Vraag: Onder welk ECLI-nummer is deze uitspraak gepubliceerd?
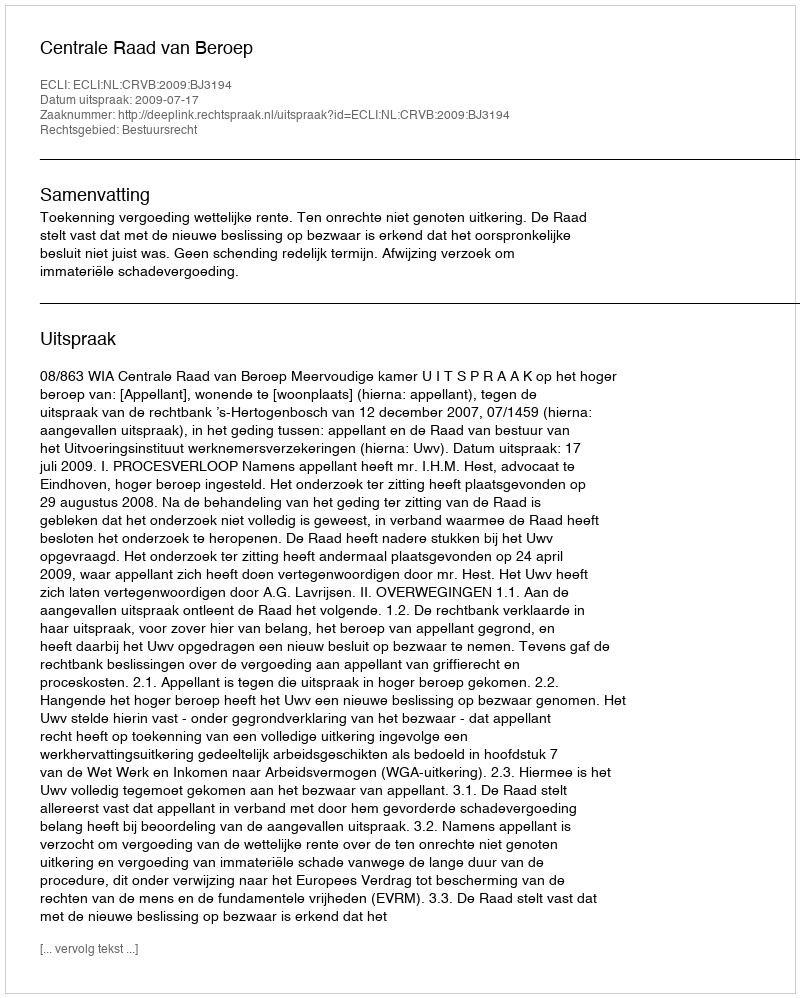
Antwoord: ECLI:NL:CRVB:2009:BJ3194